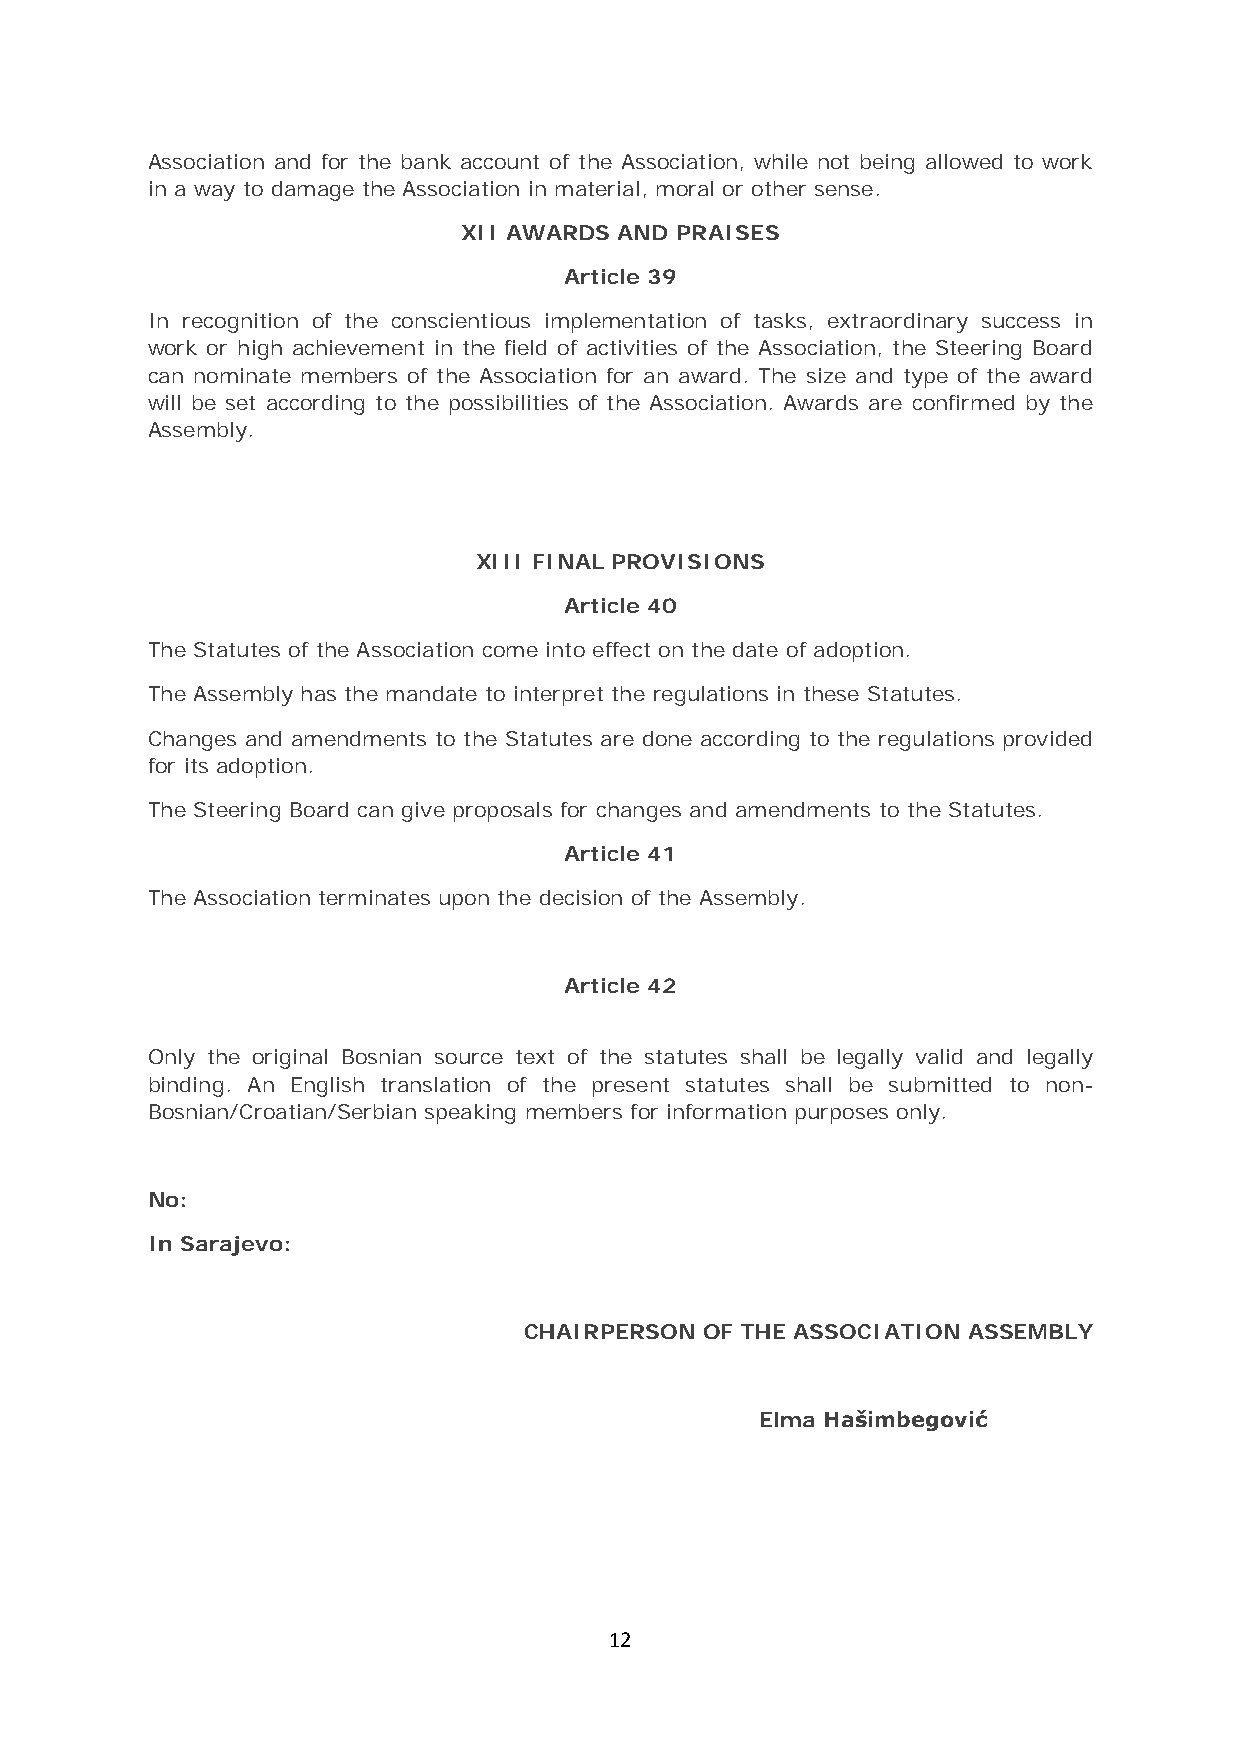
Association and for the bank account of the Association, while not being allowed to work
 in a way to damage the Association in material, moral or other sense.
 XII AWARDS AND PRAISES
 Article 39
 In recognition of the conscientious implementation of tasks, extraordinary success in
 work or high achievement in the field of activities of the Association, the Steering Board
 can nominate members of the Association for an award. The size and type of the award
 will be set according to the possibilities of the Association. Awards are confirmed by the
 Assembly.
 XIII FINAL PROVISIONS
 Article 40
 The Statutes of the Association come into effect on the date of adoption.
 The Assembly has the mandate to interpret the regulations in these Statutes.
 Changes and amendments to the Statutes are done according to the regulations provided
 for its adoption.
 The Steering Board can give proposals for changes and amendments to the Statutes.
 Article 41
 The Association terminates upon the decision of the Assembly.
 Article 42
 Only the original Bosnian source text of the statutes shall be legally valid and legally
 binding. An English translation of the present statutes shall be submitted to non-
 Bosnian/Croatian/Serbian speaking members for information purposes only.
 No:
 In Sarajevo:
 CHAIRPERSON OF THE ASSOCIATION ASSEMBLY
 Elma Hašimbegović
 12